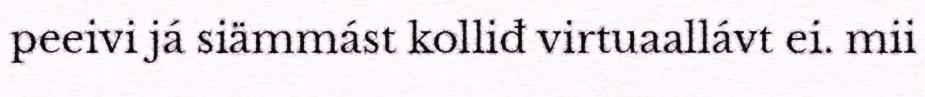
peeivi já siämmást kolliđ virtuaallávt ei. mii